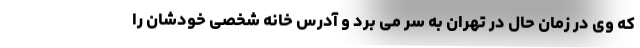
که وی در زمان حال در تهران به سر می برد و آدرس خانه شخصی خودشان را